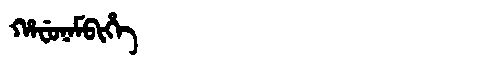
Manchu: ᡥᠠᠸᡠᠨᠠᠮᠪᡳᡥᡝ
Romanization: HAFUNAMBIHE